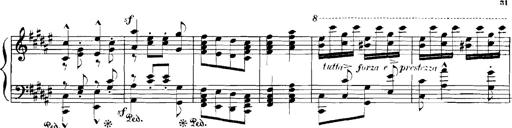
Title: Rhapsodies hongroises
Composer: Franz Liszt